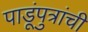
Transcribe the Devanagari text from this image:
पाडूंपुत्रांची